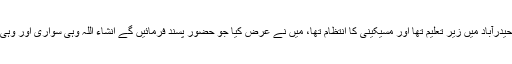
ان دنوں میں فارمیسی ٹریننگ کالج حیدرآباد میں زیر تعلیم تھا اور مسیکینی کا انتظام تھا، میں نے عرض کیا جو حضور پسند فرمائیں گے انشاء اللہ وہی سواری اور وہی طعام خدمت میں پیش کیا جائے گا۔